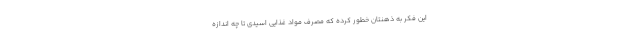
این فکر به ذهنتان خطور کرده که مصرف مواد غذایی اسیدی تا چه اندازه